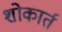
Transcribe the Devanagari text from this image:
शोकार्त